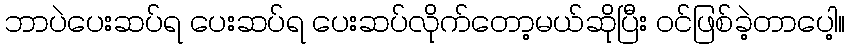
ဘာပဲပေးဆပ်ရ ပေးဆပ်ရ ပေးဆပ်လိုက်တော့မယ်ဆိုပြီး ဝင်ဖြစ်ခဲ့တာပေါ့။